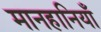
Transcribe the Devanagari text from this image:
मानहानियाँ